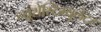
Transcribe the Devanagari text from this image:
न्यूरोस्टिम्युलेटर